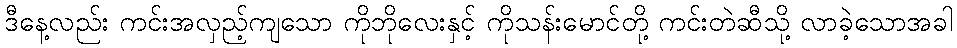
ဒီနေ့လည်း ကင်းအလှည့်ကျသော ကိုဘိုလေးနှင့် ကိုသန်းမောင်တို့ ကင်းတဲဆီသို့ လာခဲ့သောအခါ